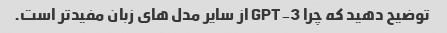
توضیح دهید که چرا GPT-3 از سایر مدل های زبان مفیدتر است.